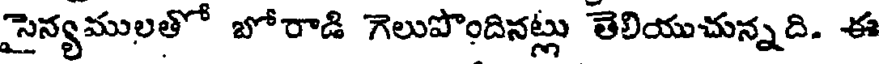
సైన్యములతో బోరాడి గెలుపొందినట్లు తెలియుచున్నది. ఈ